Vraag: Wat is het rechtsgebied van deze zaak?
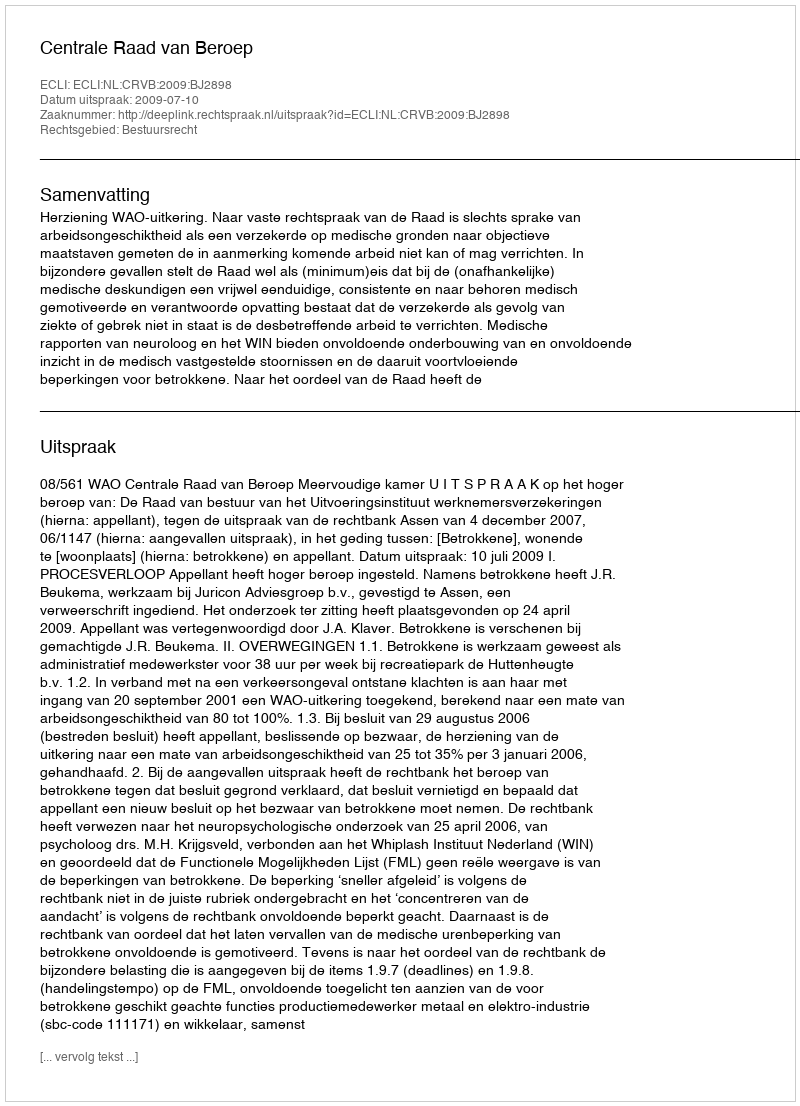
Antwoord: Bestuursrecht